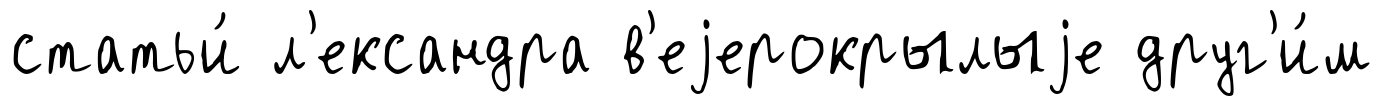
статьи́ л'ександра в'еjерокрылыjе друг'и́м